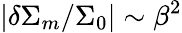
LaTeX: \vert\delta\Sigma_{m}/\Sigma_{0}\vert\sim\beta^{2}